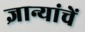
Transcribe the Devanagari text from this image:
ज्ञान्यांचें